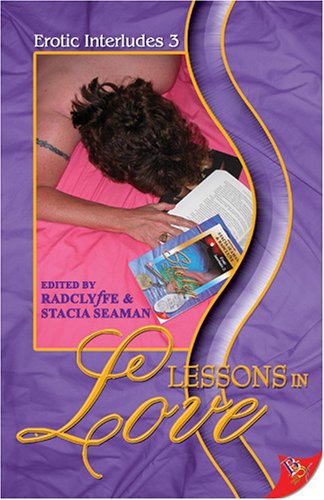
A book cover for Lessons in Love (Erotic Interludes 3); Romance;